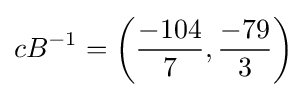
cB^{-1}=\left({\frac {-104}{7}},{\frac {-79}{3}}\right)